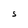
Character: S